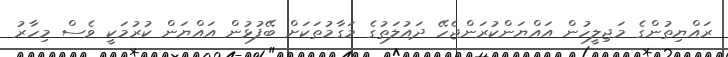
ރައްޔިތުންގެ މަޖިލީހުން އައްޔަންކުރަންޖެހޭ ދައުލަތުގެ މަގާމުތަކަށް ބޭފުޅުން އައްޔަން ކުރުމަކީ ވެސް މިހާރު